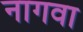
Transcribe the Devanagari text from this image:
नागवा